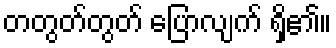
တတွတ်တွတ် ပြောလျက် ရှိ၏။